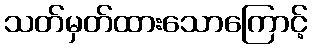
သတ်မှတ်ထားသောကြောင့်